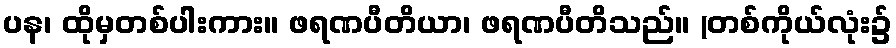
ပန၊ ထိုမှတစ်ပါးကား။ ဖရဏပီတိယာ၊ ဖရဏပီတိသည်။ (တစ်ကိုယ်လုံး၌